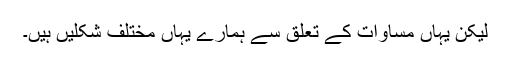
لیکن یہاں مساوات کے تعلق سے ہمارے یہاں مختلف شکلیں ہیں۔